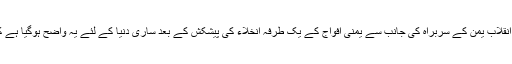
انقلاب کمیٹی یمن کے سربراہ نے تاکید کے ساتھ کہا کہ انقلاب یمن کے سربراہ کی جانب سے یمنی افواج کے یک طرفہ انخلاء کی پیشکش کے بعد ساری دنیا کے لئے یہ واضح ہوگیا ہے کہ وہ کون ہیں، جو امن کی راہ میں روڑے اٹکا رہے ہیں۔